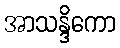
အာသန္ဒိကော